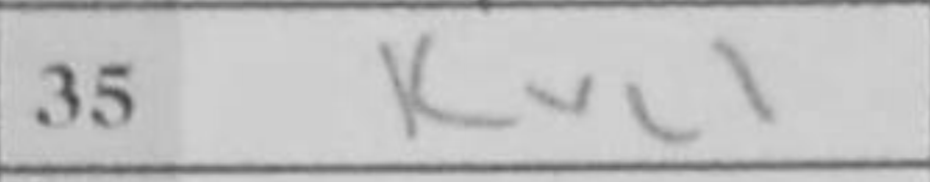
Transcription: Kxc1